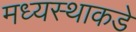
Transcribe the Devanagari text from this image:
मध्यस्थाकडे